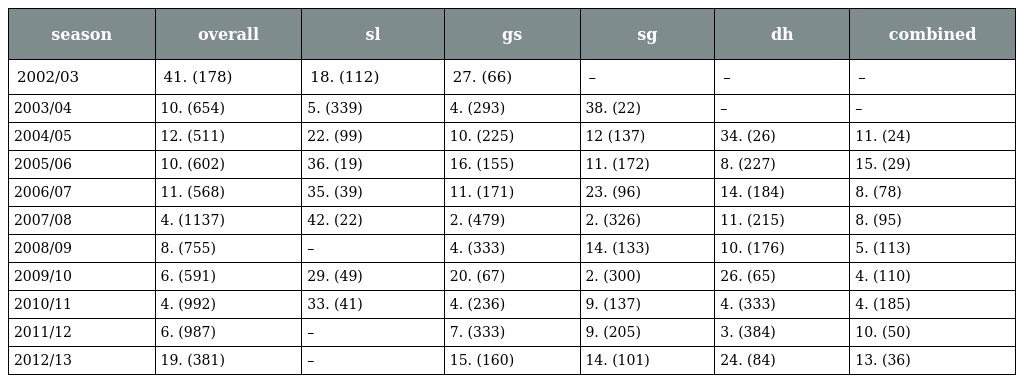
| season | overall | sl | gs | sg | dh | combined |
 | --- | --- | --- | --- | --- | --- | --- |
 | 2002/03 | 41. (178) | 18. (112) | 27. (66) | – | – | – |
 | 2003/04 | 10. (654) | 5. (339) | 4. (293) | 38. (22) | – | – |
 | 2004/05 | 12. (511) | 22. (99) | 10. (225) | 12 (137) | 34. (26) | 11. (24) |
 | 2005/06 | 10. (602) | 36. (19) | 16. (155) | 11. (172) | 8. (227) | 15. (29) |
 | 2006/07 | 11. (568) | 35. (39) | 11. (171) | 23. (96) | 14. (184) | 8. (78) |
 | 2007/08 | 4. (1137) | 42. (22) | 2. (479) | 2. (326) | 11. (215) | 8. (95) |
 | 2008/09 | 8. (755) | – | 4. (333) | 14. (133) | 10. (176) | 5. (113) |
 | 2009/10 | 6. (591) | 29. (49) | 20. (67) | 2. (300) | 26. (65) | 4. (110) |
 | 2010/11 | 4. (992) | 33. (41) | 4. (236) | 9. (137) | 4. (333) | 4. (185) |
 | 2011/12 | 6. (987) | – | 7. (333) | 9. (205) | 3. (384) | 10. (50) |
 | 2012/13 | 19. (381) | – | 15. (160) | 14. (101) | 24. (84) | 13. (36) |